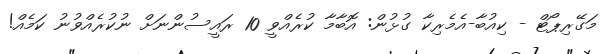
މަގޭރިޕޯޓް - ކިއުބާ-އެމެރިކާ ގުޅުން: އޮބާމާ ކުރެއްވީ 10 ރައީސުންނަށް ނުކުރެއްވުނު ކަމެއް!